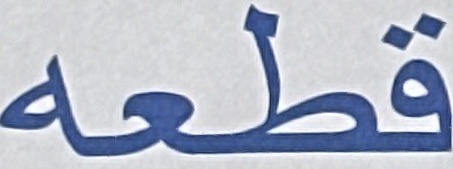
قطعه